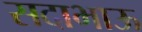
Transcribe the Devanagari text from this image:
सदाभाऊ